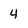
Character: 4